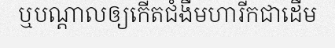
ឬបណ្តាលឲ្យកើតជំងឺមហារីកជាដើម